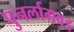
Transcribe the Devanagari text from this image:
पुनर्लागवड